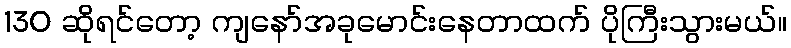
130 ဆိုရင်တော့ ကျနော်အခုမောင်းနေတာထက် ပိုကြီးသွားမယ်။